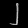
Digit: ၂